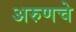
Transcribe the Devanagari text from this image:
अरुणचे